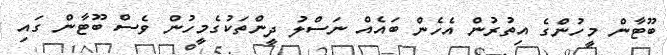
ބޫޓާން މީހުންގެ އިތުރުން އެހެން ބައެއް ނަސްލު ދީންތަކުގެމީހުން ވެސް ބޫޓާން ގައި